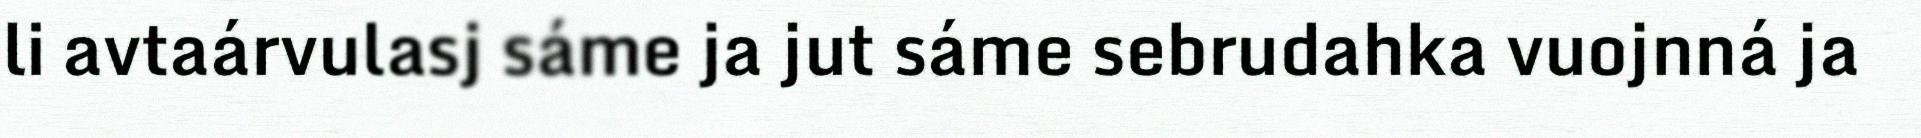
li avtaárvulasj sáme ja jut sáme sebrudahka vuojnná ja